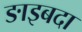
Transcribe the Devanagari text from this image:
ङाइबदा